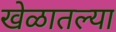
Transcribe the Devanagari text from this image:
खेळातल्या